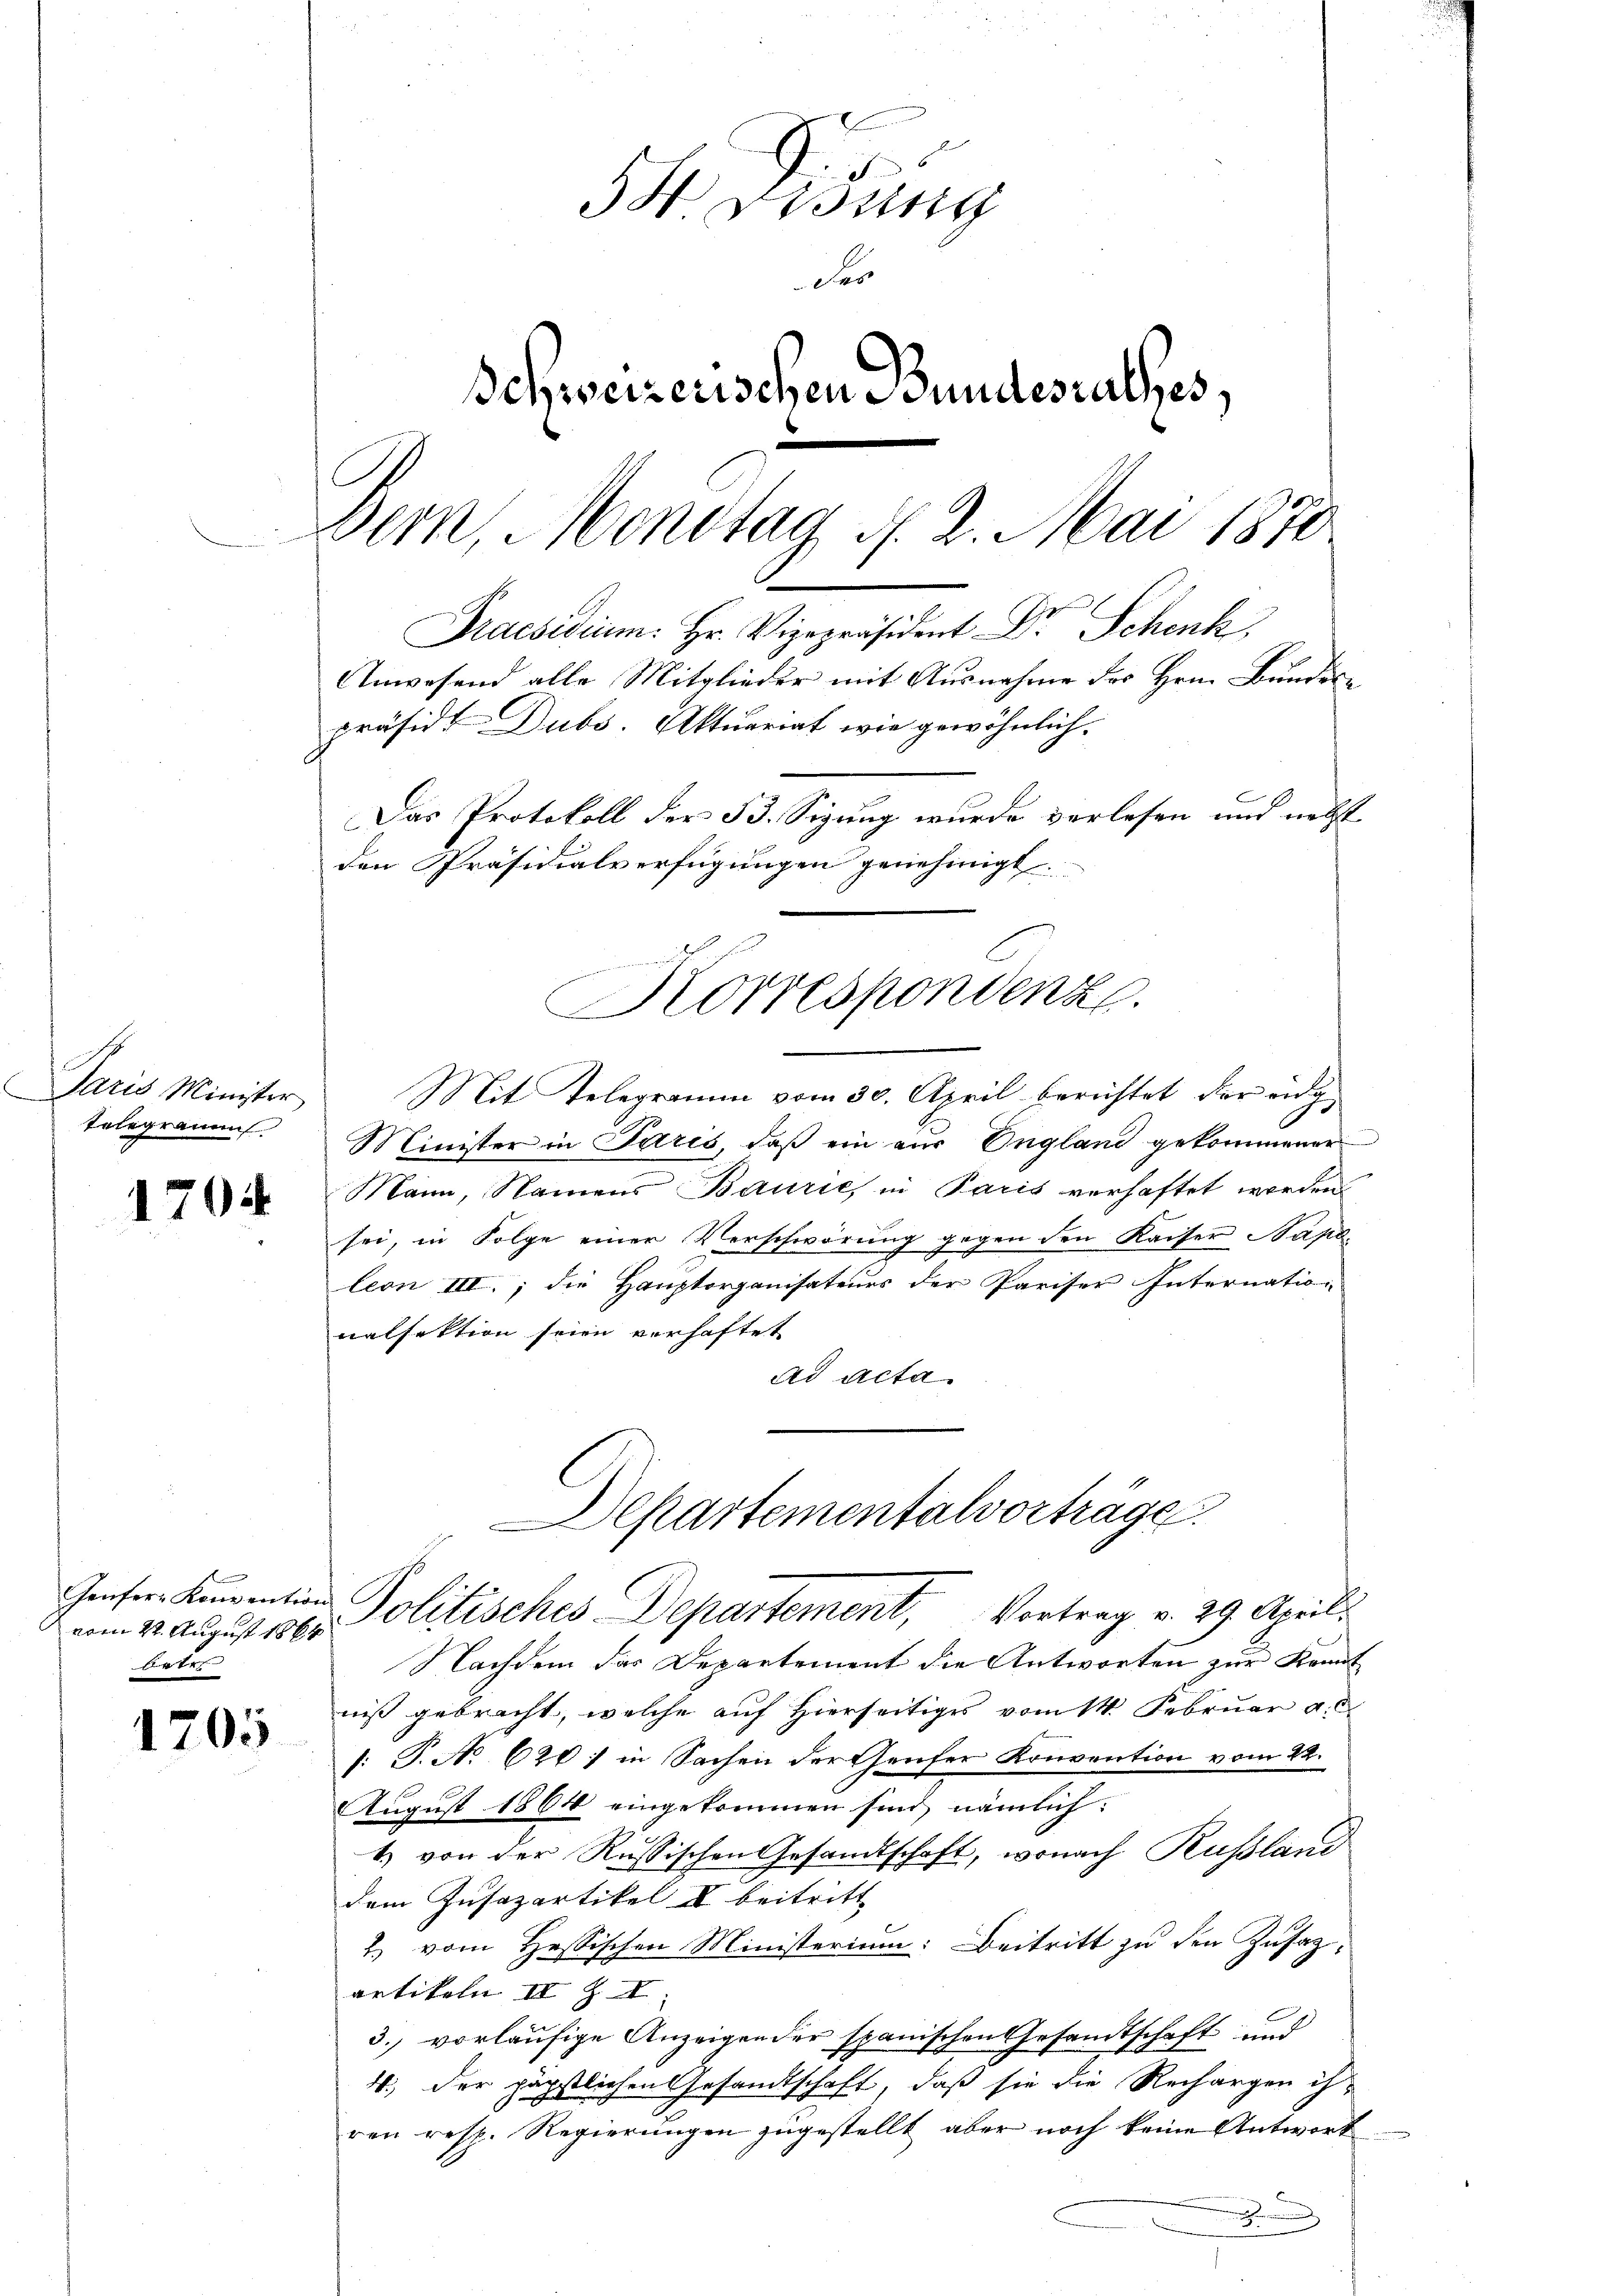
Paris Minister
telegramm

1704

Genfer- Konvention
betr

1205

St. Lisung
Fes
Schweizerischen Bundesurthes,
Bern, Monstag d. 2. Mai 1870
Praesidium. Hr. Vizepräsident Dr. Schenk
Anwesend alle Mitglieder mit Ausnahme des Hrn. Bundespräsid. Dubs. Aktuariat wie gewöhnlich.
Das Protokoll der 53. Sizung wurde verlesen und necht
den Präsidialverfügungen genehmigt.

Korrespondenz.

Mit Telegramm vom 30. April berichtet der eidg
Minister in Paris, daß ein aus England gekommener
Mann, Namens Baurie, in Paris verhaftet werden
sei, in Folge einer Verschwörung gegen den Kaiser Napo
leon III.; die Hauptorganisateurs der Pariser Internatio-
natfektion seien verhaftet
ad acta.
Departementalvorträge.
vom 4. August 10 Politisches Departement, Vortrag v. 29. Aprili
Nachdem das Departement die Antworten zur Kennt
niß gebracht, welche auf Hierseitiges vom 14. Februar a. c.
: P. No 620) in Sachen der Genfer Konvention vom 22.
August 1864 eingekommen sind, nämlich:
1.) von der Russischen Gesandtschaft, wonach Russland
dem Zusazartikel II beitritt
2. vom Hessischen Ministerium: Beitritt zu den Zusatz,
artikeln II Z I
3., vorläufige Anzeigender spanischen Gesandtschaft und
4.) Der päpstlichen Gesandtschaft, daß sie die Rechargen ih-
ren resp. Regierungen zugestellt, aber noch keine Antwort